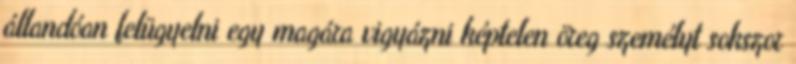
állandóan felügyelni egy magára vigyázni képtelen öreg személyt sokszor